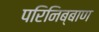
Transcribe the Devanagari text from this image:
परिनिब्बाण